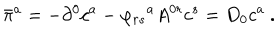
{ \bar { \pi } } ^ { a } = - \partial ^ { 0 } c ^ { a } - { \varphi _ { r s } } ^ { a } A ^ { 0 r } c ^ { s } = D _ { 0 } c ^ { a } ~ .